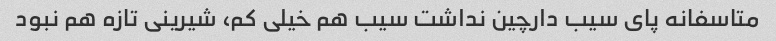
متاسفانه پای سیب دارچین نداشت سیب هم خیلی کم، شیرینی تازه هم نبود